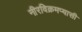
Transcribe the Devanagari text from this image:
नीरविक्रमप्यासी